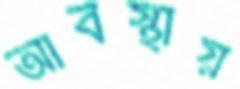
আবস্থায়